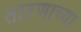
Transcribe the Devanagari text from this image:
तारणाच्या